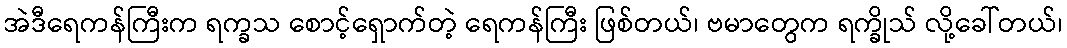
အဲဒီရေကန်ကြီးက ရက္ခသ စောင့်ရှောက်တဲ့ ရေကန်ကြီး ဖြစ်တယ်၊ ဗမာတွေက ရက္ခိုသ် လို့ခေါ်တယ်၊